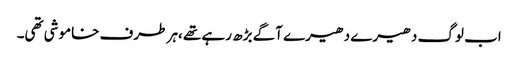
اب لوگ دھیرے دھیرے آگے بڑھ رہے تھے ،ہر طرف خاموشی تھی۔